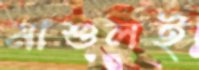
মাশুলই